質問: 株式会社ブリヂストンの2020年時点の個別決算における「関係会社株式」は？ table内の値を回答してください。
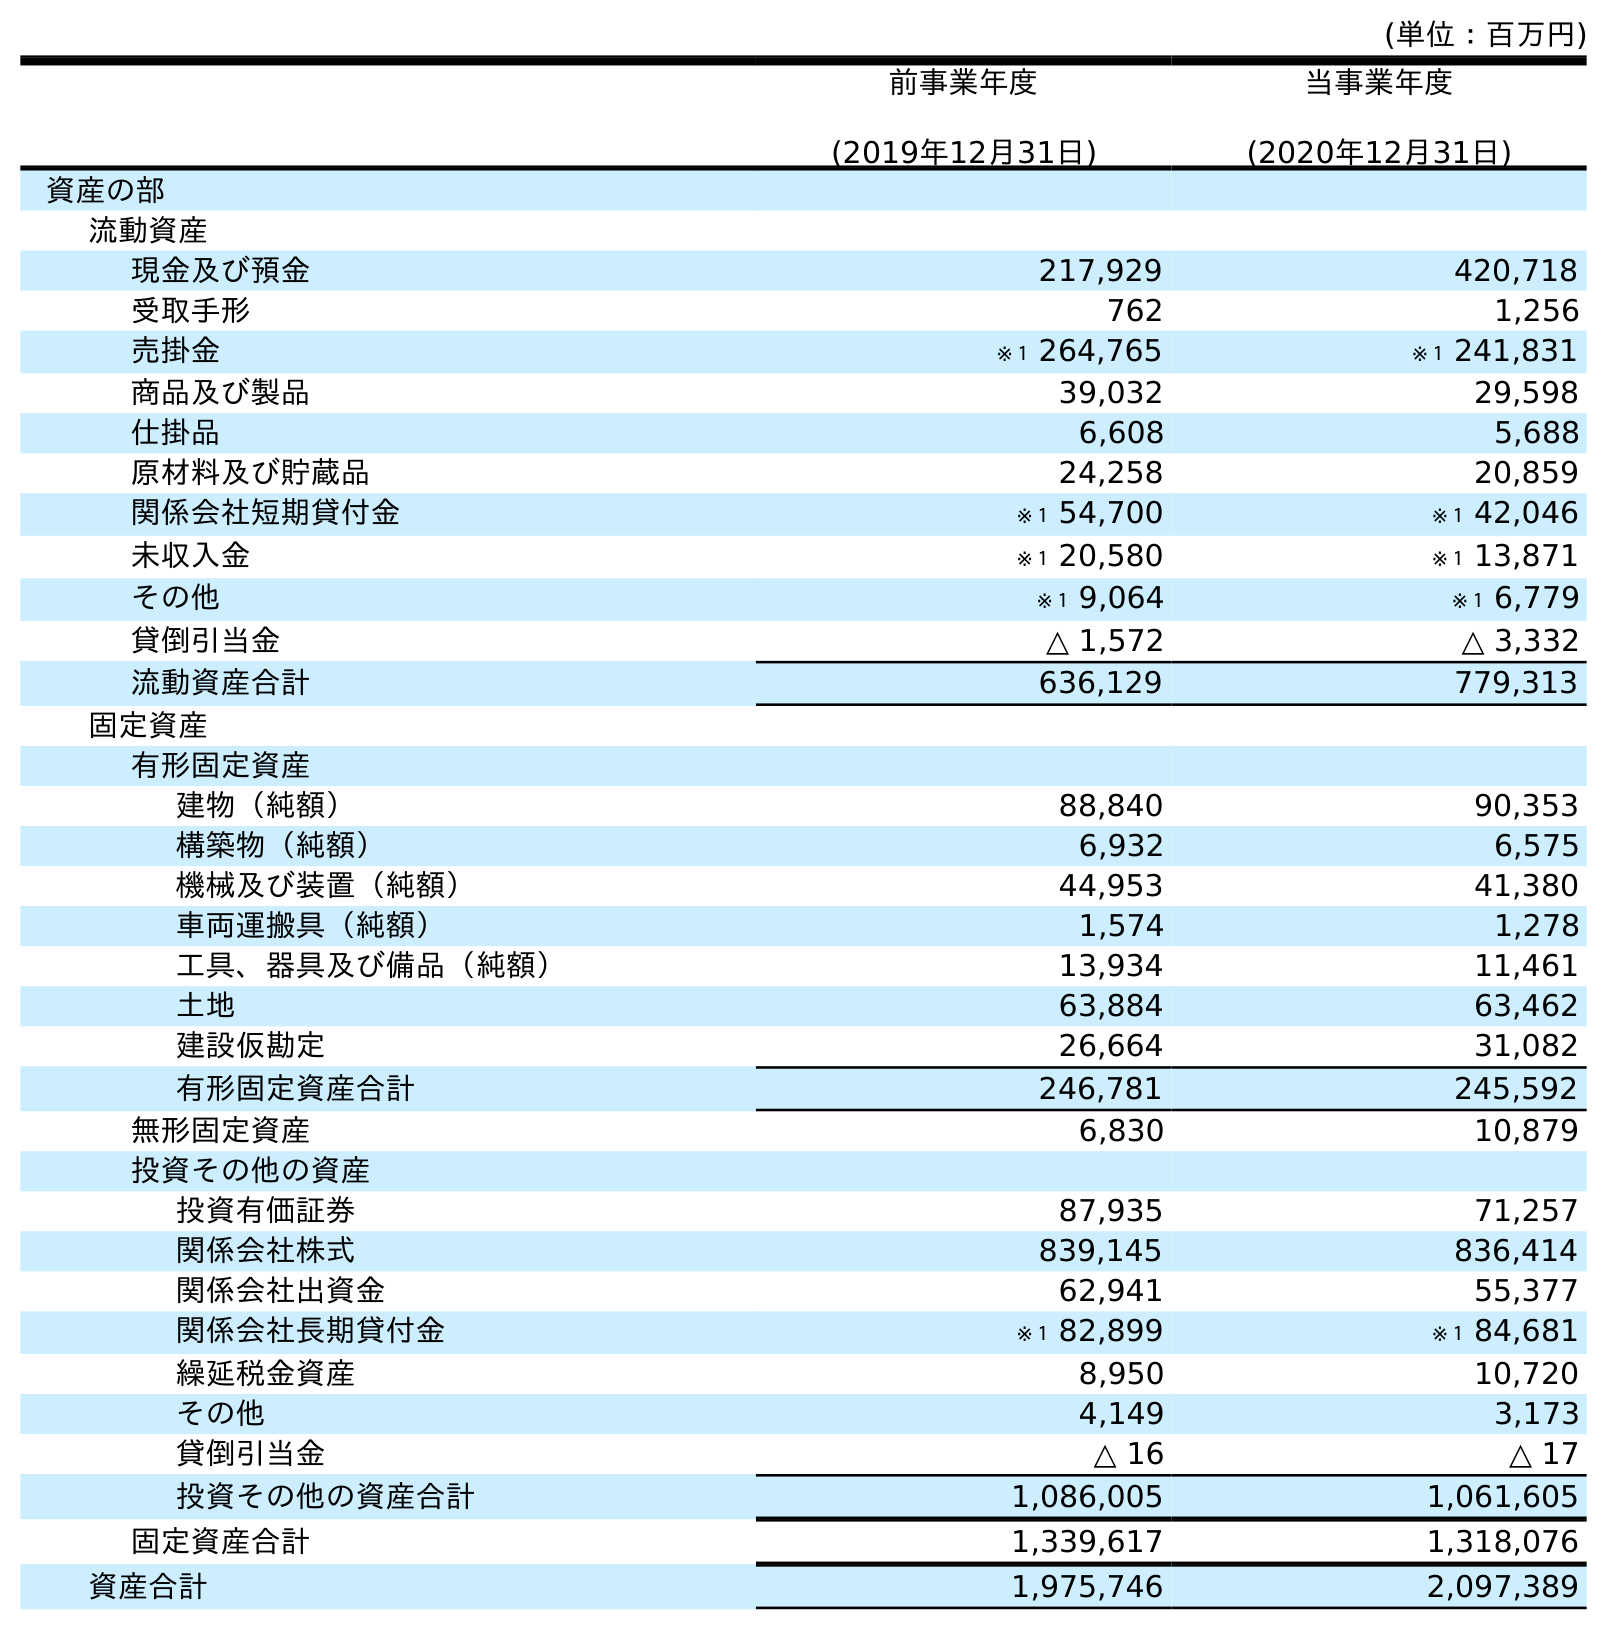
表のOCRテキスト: (単位：百万円) 前事業年度 (2019年12月31日) 当事業年度 (2020年12月31日) 資産の部 流動資産 現金及び預金 217,929 420,718 受取手形 762 1,256 売掛金 ※１ 264,765 ※１ 241,831 商品及び製品 39,032 29,598 仕掛品 6,608 5,688 原材料及び貯蔵品 24,258 20,859 関係会社短期貸付金 ※１ 54,700 ※１ 42,046 未収入金 ※１ 20,580 ※１ 13,871 その他 ※１ 9,064 ※１ 6,779 貸倒引当金 △ 1,572 △ 3,332 流動資産合計 636,129 779,313 固定資産 有形固定資産 建物（純額） 88,840 90,353 構築物（純額） 6,932 6,575 機械及び装置（純額） 44,953 41,380 車両運搬具（純額） 1,574 1,278 工具、器具及び備品（純額） 13,934 11,461 土地 63,884 63,462 建設仮勘定 26,664 31,082 有形固定資産合計 246,781 245,592 無形固定資産 6,830 10,879 投資その他の資産 投資有価証券 87,935 71,257 関係会社株式 839,145 836,414 関係会社出資金 62,941 55,377 関係会社長期貸付金 ※１ 82,899 ※１ 84,681 繰延税金資産 8,950 10,720 その他 4,149 3,173 貸倒引当金 △ 16 △ 17 投資その他の資産合計 1,086,005 1,061,605 固定資産合計 1,339,617 1,318,076 資産合計 1,975,746 2,097,389
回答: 836,414